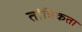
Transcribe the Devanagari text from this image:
तांत्रिकता